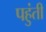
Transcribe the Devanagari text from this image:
पहुंती